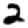
Digit: 2